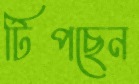
টিপছেন